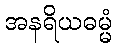
အနရိယဓမ္မံ